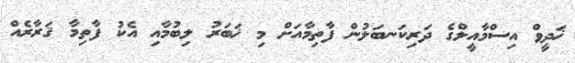
ޚަދީވް އިސްމާއީލްގެ ދަރިކަނބަލުން ފާތިމާއަށް މި ޚަބަރު ލިބުމާއި އެކު ފާތިމާ ޤަރާރެއް